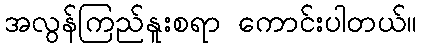
အလွန်ကြည်နူးစရာ ကောင်းပါတယ်။